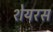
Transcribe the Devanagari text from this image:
शेयरस